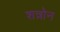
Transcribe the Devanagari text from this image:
शन्नोन